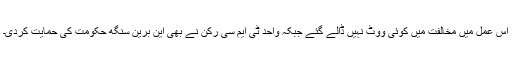
اس عمل میں مخالفت میں کوئی ووٹ نہیں ڈالے گئے جبکہ واحد ٹی ایم سی رکن نے بھی این برین سنگھ حکومت کی حمایت کردی۔